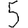
Digit: 5